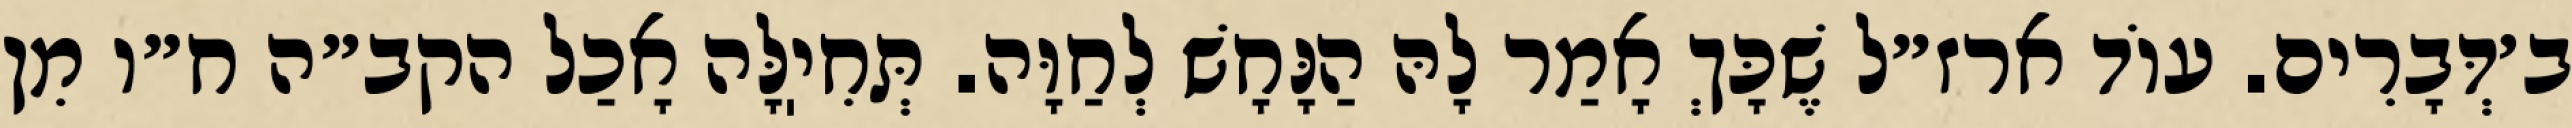
ב׳דְּבָרִים. עוֹד ארז״ל שֶׁכָּךְ אָמַר לָהּ הַנָּחָשׁ לְחַוָּה. תְּחִיֽלָּה אָכַל הקב״ה ח״ו מִן